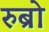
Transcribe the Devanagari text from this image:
रुब्रो